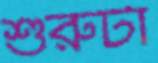
শুরুটা